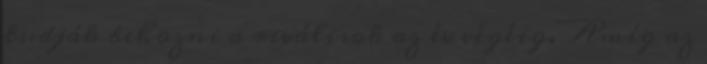
tudják behozni a riválisok az év végéig. Amíg az